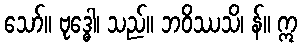
သော်။ ဗုဒ္ဓေါ၊ သည်။ ဘဝိဿသိ၊ န်။ ဣ